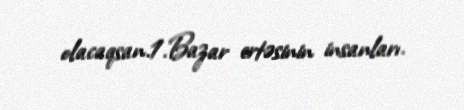
olacaqsan.1.Bazar ertəsinin insanları.